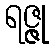
ရဇ္ဇု